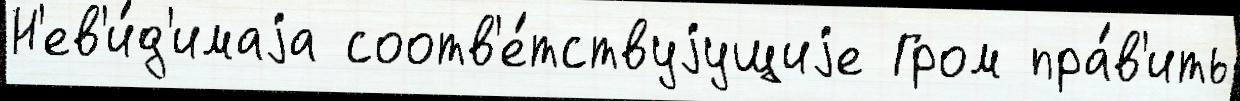
Н'ев'и́д'имаjа соотв'е́тствуjущиjе Гром пра́в'ить